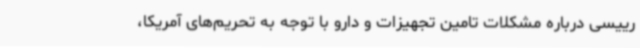
رییسی درباره مشکلات تامین تجهیزات و دارو با توجه به تحریم‌های آمریکا،